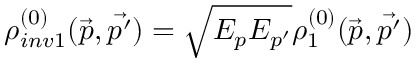
\rho _ { i n v 1 } ^ { ( 0 ) } ( \vec { p } , \vec { p ^ { \prime } } ) = \sqrt { E _ { p } E _ { p ^ { \prime } } } \rho _ { 1 } ^ { ( 0 ) } ( \vec { p } , \vec { p ^ { \prime } } )